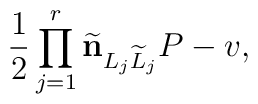
{1\over2}\prod_{j=1}^r{\bf \widetilde n}_{L_j\widetilde L_j}P-v,